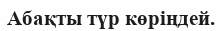
Абақты түр көріңдей.